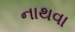
નાથવા